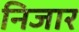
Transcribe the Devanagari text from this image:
निजार